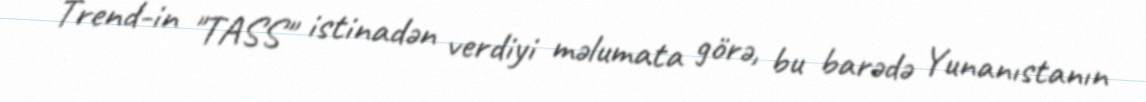
Trend-in "TASS" istinadən verdiyi məlumata görə, bu barədə Yunanıstanın